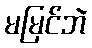
မမြင်ဘဲ